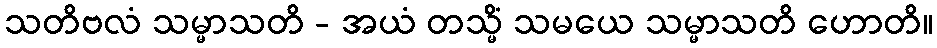
သတိဗလံ သမ္မာသတိ - အယံ တသ္မိံ သမယေ သမ္မာသတိ ဟောတိ။